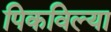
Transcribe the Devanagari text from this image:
पिकविल्या